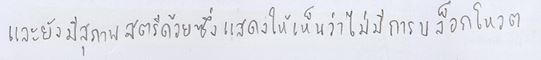
และยังมีสุภาพสตรีด้วยซึ่งแสดงให้เห็นว่าไม่มีการบล็อกโหวต